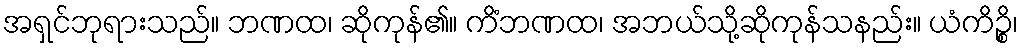
အရှင်ဘုရားသည်။ ဘဏထ၊ ဆိုကုန်၏။ ကိံဘဏထ၊ အဘယ်သို့ဆိုကုန်သနည်း။ ယံကိဉ္စိ၊